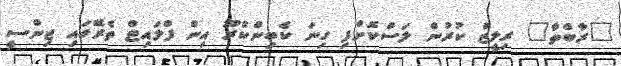
"ރާބްތާ" ރިލީޒް ކުރުން ލަސްކޮށްފި ގިނަ ކެބިންކްރޫ އިން ފްލައިޓް ތެރޭގައި ޖިންސީ